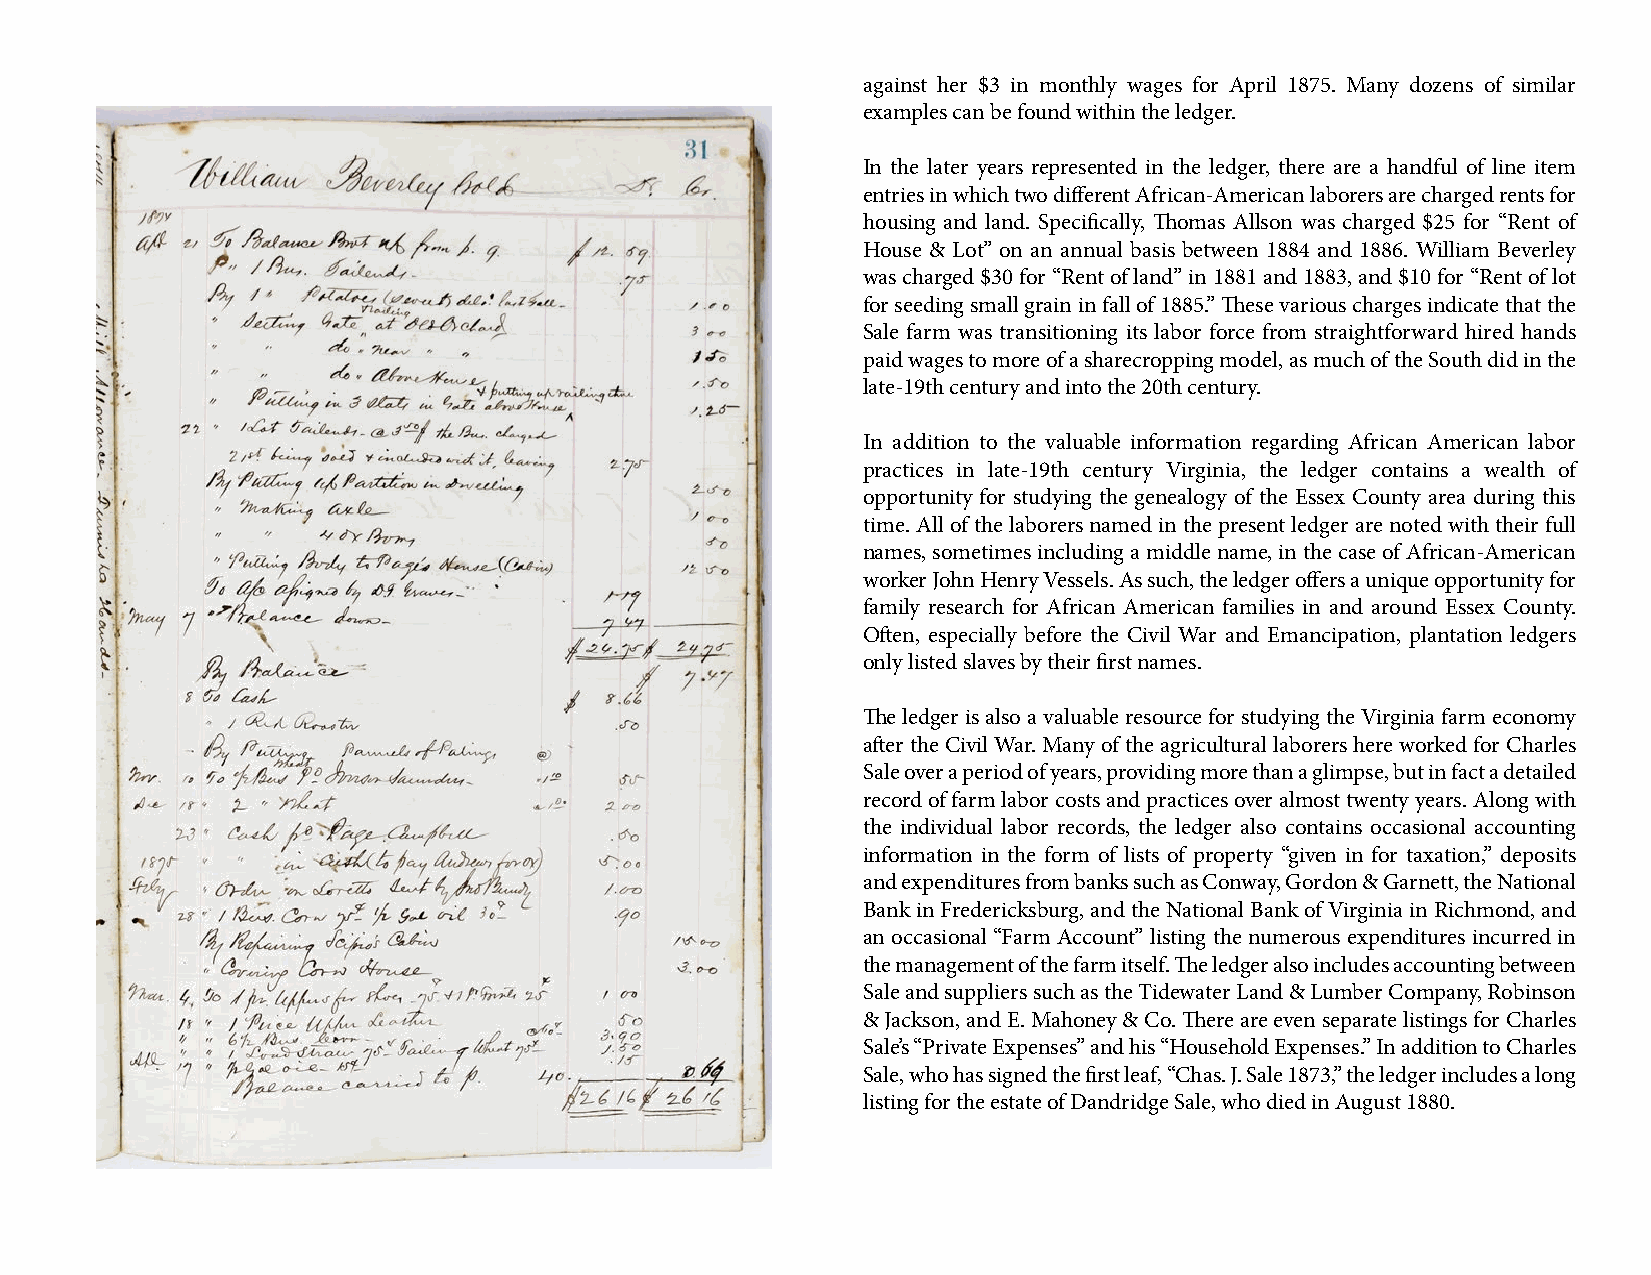
against her $3 in monthly wages for April 1875. Many dozens of similar
 examples can be found within the ledger.
 In the later years represented in the ledger, there are a handful of line item
 entries in which two different African-American laborers are charged rents for
 housing and land. Specifically, Thomas Allson was charged $25 for “Rent of
 House & Lot” on an annual basis between 1884 and 1886. William Beverley
 was charged $30 for “Rent of land” in 1881 and 1883, and $10 for “Rent of lot
 for seeding small grain in fall of 1885.” These various charges indicate that the
 Sale farm was transitioning its labor force from straightforward hired hands
 paid wages to more of a sharecropping model, as much of the South did in the
 late-19th century and into the 20th century.
 In addition to the valuable information regarding African American labor
 practices in late-19th century Virginia, the ledger contains a wealth of
 opportunity for studying the genealogy of the Essex County area during this
 time. All of the laborers named in the present ledger are noted with their full
 names, sometimes including a middle name, in the case of African-American
 worker John Henry Vessels. As such, the ledger offers a unique opportunity for
 family research for African American families in and around Essex County.
 Often, especially before the Civil War and Emancipation, plantation ledgers
 only listed slaves by their first names.
 The ledger is also a valuable resource for studying the Virginia farm economy
 after the Civil War. Many of the agricultural laborers here worked for Charles
 Sale over a period of years, providing more than a glimpse, but in fact a detailed
 record of farm labor costs and practices over almost twenty years. Along with
 the individual labor records, the ledger also contains occasional accounting
 information in the form of lists of property “given in for taxation,” deposits
 and expenditures from banks such as Conway, Gordon & Garnett, the National
 Bank in Fredericksburg, and the National Bank of Virginia in Richmond, and
 an occasional “Farm Account” listing the numerous expenditures incurred in
 the management of the farm itself. The ledger also includes accounting between
 Sale and suppliers such as the Tidewater Land & Lumber Company, Robinson
 & Jackson, and E. Mahoney & Co. There are even separate listings for Charles
 Sale’s “Private Expenses” and his “Household Expenses.” In addition to Charles
 Sale, who has signed the first leaf, “Chas. J. Sale 1873,” the ledger includes a long
 listing for the estate of Dandridge Sale, who died in August 1880.